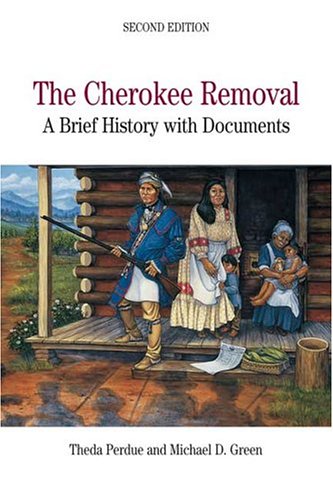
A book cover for The Cherokee Removal: A Brief History with Documents, 2nd Edition; History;